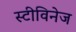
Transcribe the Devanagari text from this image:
स्टीविनेज